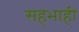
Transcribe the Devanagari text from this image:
सहभाही